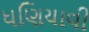
ધણિયાવી